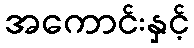
အကောင်းနှင့်